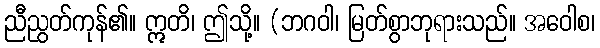
ညီညွတ်ကုန်၏။ ဣတိ၊ ဤသို့။ (ဘဂဝါ၊ မြတ်စွာဘုရားသည်။ အဝေါစ၊